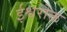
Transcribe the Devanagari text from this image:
ईश्वरोक्त